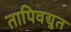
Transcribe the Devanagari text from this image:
तापिवद्युत